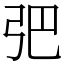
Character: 弝